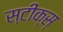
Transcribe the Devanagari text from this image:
स्टीक्स्